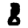
Digit: 8